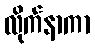
လိုက်နာကာ